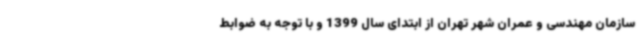
سازمان مهندسی و عمران شهر تهران از ابتدای سال 1399 و با توجه به ضوابط